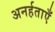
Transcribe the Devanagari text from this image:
अनर्हताएँ